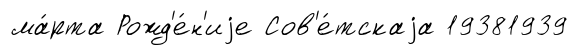
ма́рта Рожд'е́н'иjе Сов'е́тскаjа 19381939